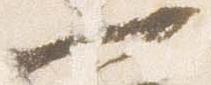
一